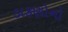
ડાકણોનો